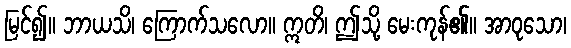
မြင်၍။ ဘာယသိ၊ ကြောက်သလော။ ဣတိ၊ ဤသို့ မေးကုန်၏။ အာဝုသော၊